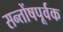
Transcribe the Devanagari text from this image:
सन्तोंषपूर्वक